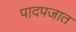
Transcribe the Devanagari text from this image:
पादपजात